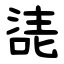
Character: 㗟